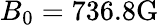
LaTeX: B_{0}=736.8\mathrm{G}